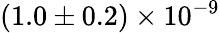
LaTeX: (1.0\pm 0.2)\times 10^{-9}